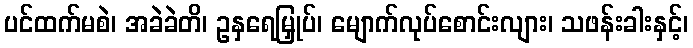
ပင်ထက်မစဲ၊ အခဲခဲတိ၊ ဥနှရေမြှုပ်၊ မျောက်လုပ်စောင်းလျား၊ သဖန်းခါးနှင့်၊